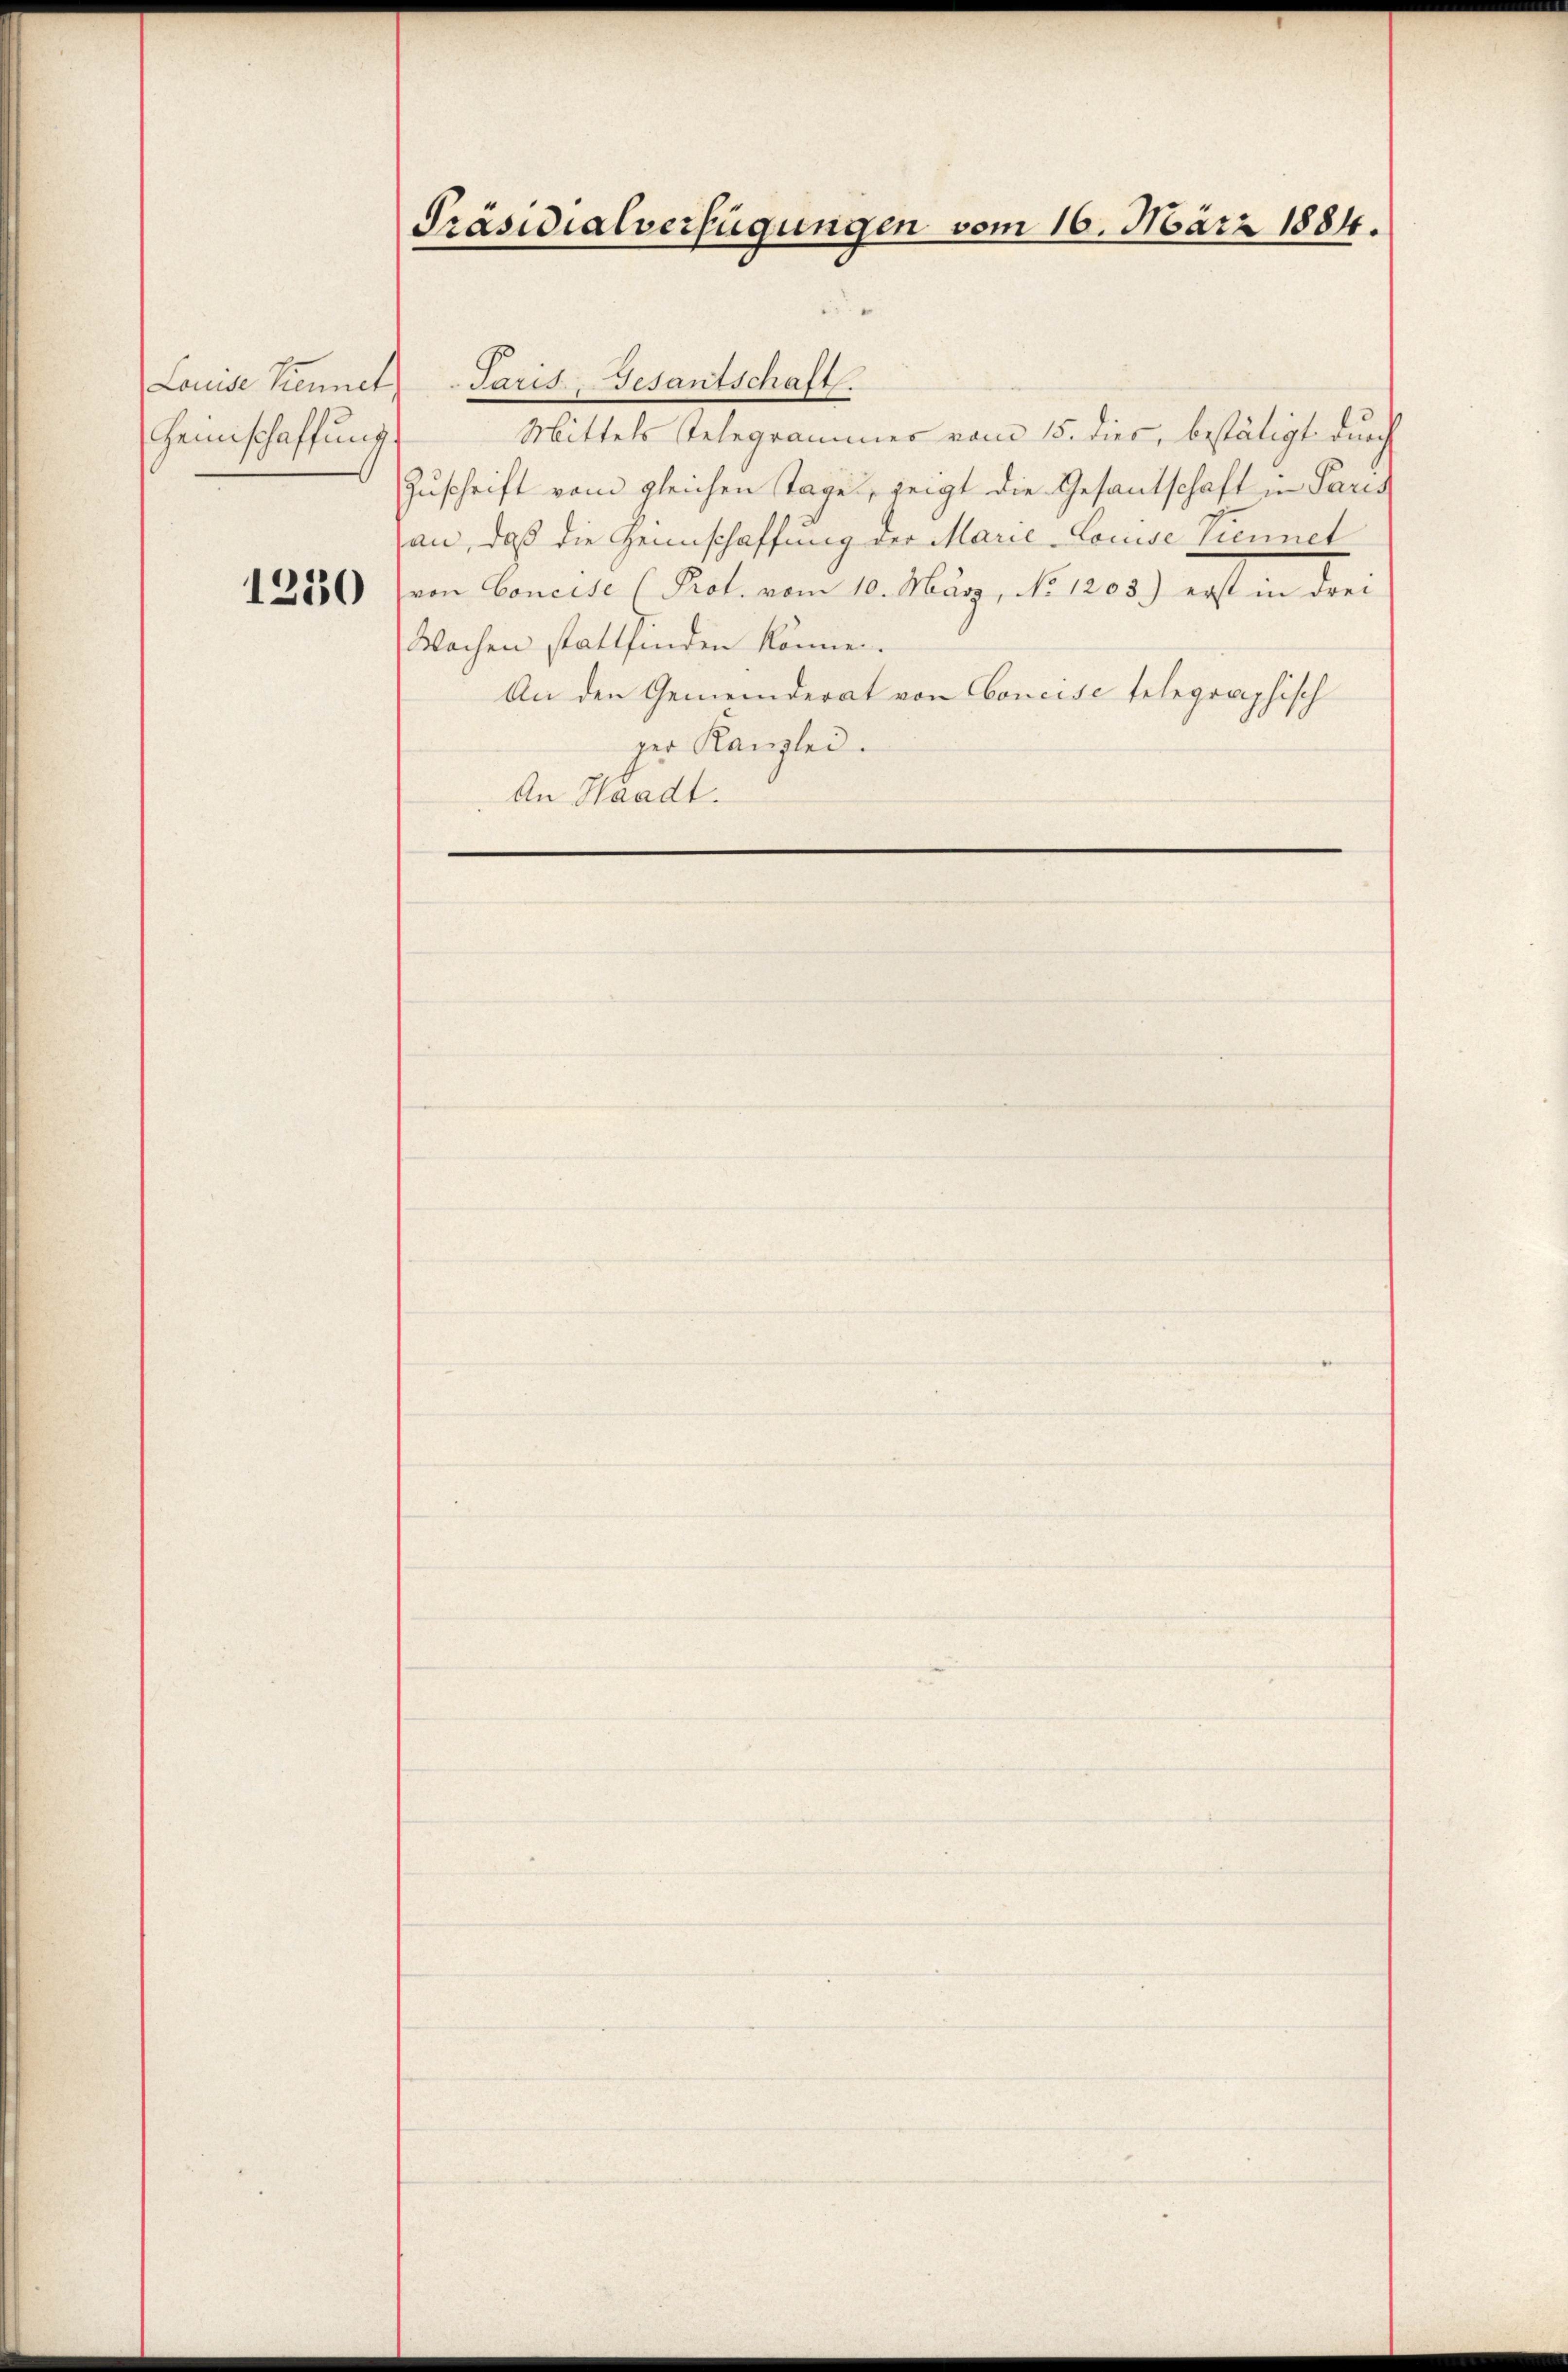
Heimschaffung.

1230

Präsidialverfügungen vom 16. März 1884.

Louise Kiennet Paris, Gesantschaft.
Mittels Telegrammer vom 15. dies, bestätigt durch
Zuschrift vom gleichen Tage, zeigt die Gesandschaft in Paris
an, daß die Heimschaffung der Marie-Louise Viennet
von Concise (Pol. vom 10. März, No 1205.) erst in drei
Wochen stattfinden können.
An den Gemeinderat von Concise telegraphisch
ger Kanzlei.
An Waadt.